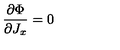
\frac { \partial \Phi } { \partial J _ { x } } = 0